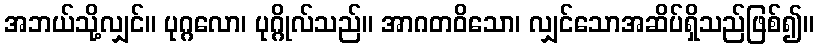
အဘယ်သို့လျှင်။ ပုဂ္ဂလော၊ ပုဂ္ဂိုလ်သည်။ အာဂတဝိသော၊ လျှင်သောအဆိပ်ရှိသည်ဖြစ်၍။